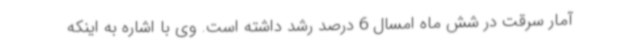
آمار سرقت در شش ماه امسال 6 درصد رشد داشته است. وی با اشاره به اینکه